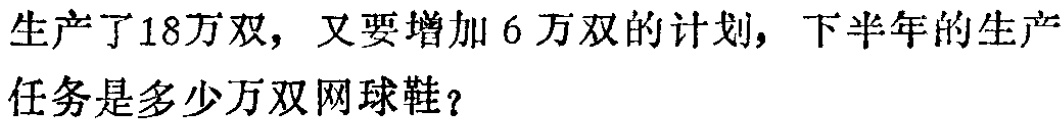
（3）点\(M\)是线段\(AB\)上的一个动点（点\(A\)、\(B\)除外），试探索在\(x\)轴上方是否存在另一个点\(N\)，使得以\(O\)、\(B\)、\(M\)、\(N\)为顶点的四边形是菱形？若不存在，请说明理由；若存在，请求出点\(N\)的坐标.